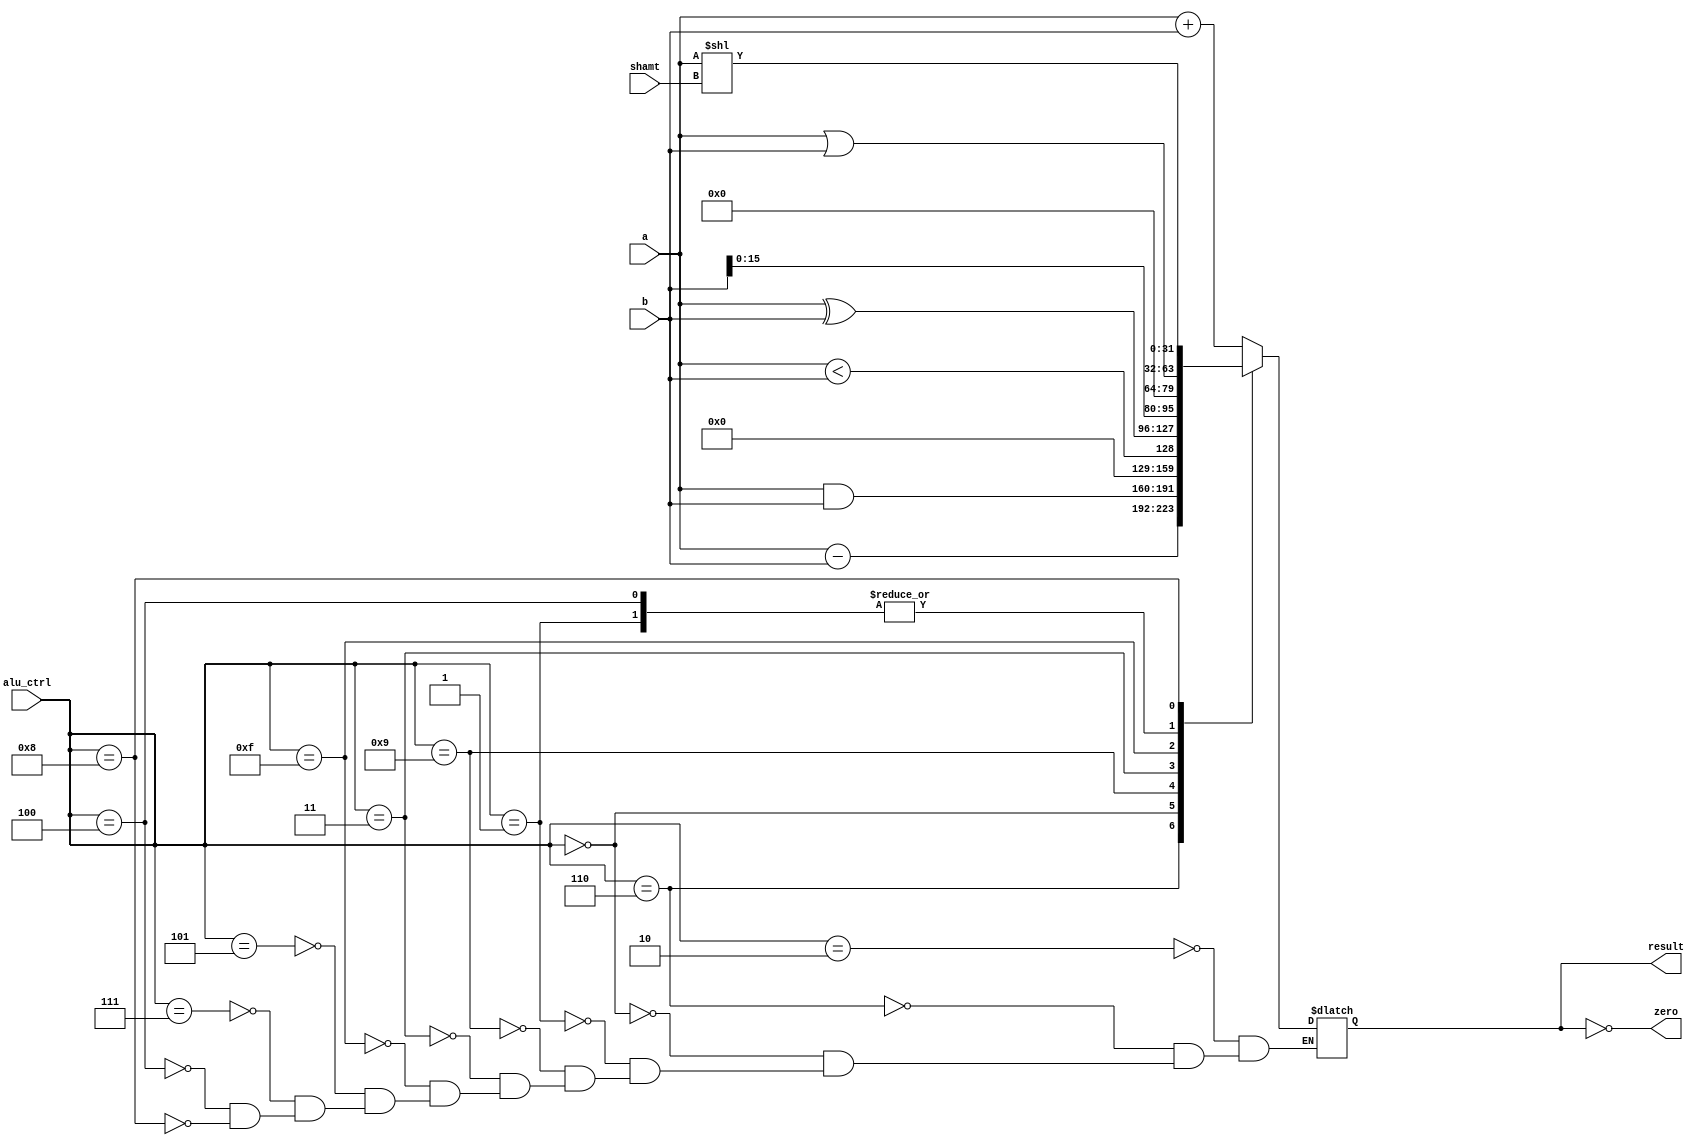
module alu (a, b, zero, result, alu_ctrl, shamt);
    input [31:0] a,b;  // 
    input [3: 0] alu_ctrl;
    input [4: 0] shamt;
    output zero;  // 0
    output reg[31:0] result; // 

   // ALU
    parameter AND   = 4'b0000;
    parameter OR    = 4'b0001;
    parameter ADD   = 4'b0010;
    parameter XOR   = 4'b0011;
    parameter ORI   = 4'b0100;
    parameter ADDIU = 4'b0101;
    parameter SUB   = 4'b0110;
    parameter ADDI  = 4'b0111;
    parameter SLL   = 4'b1000;
    parameter SLT   = 4'b1001;
    parameter LUI   = 4'b1111;  // 16
    
    always@(*)
    begin
        case(alu_ctrl)
            ADD : result = a + b;
            SUB : result = a - b;
            AND : result = a & b;
            OR  : result = a | b;
            SLT : result = (a < b);
            XOR : result = a ^ b;
            LUI : result = (b << 16);  // LUI16
            ADDIU : result = a + b;
            ADDI: result = a + b;
            ORI : result = a | b;
            SLL : result = (a << shamt);
        endcase
        // $display("(ALU.v) alu_ctrl: %b ,a: %h, b: %h, result: %h ", alu_ctrl, a, b, result);
    end

    assign zero = (result == 0);

endmodule